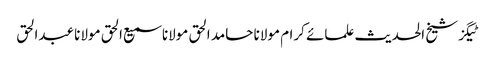
ٹیگزشیخ الحدیث علمائے کرام مولانا حامد الحق مولانا سمیع الحق مولانا عبدالحق